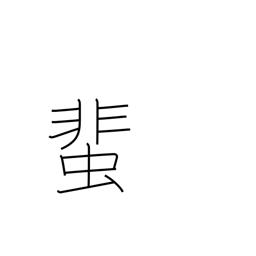
Meaning: cockroach